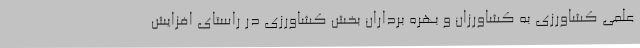
علمی کشاورزی به کشاورزان و بهره برداران بخش کشاورزی در راستای افزایش